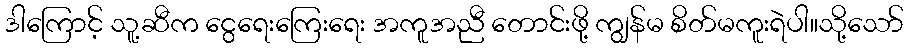
ဒါကြောင့် သူ့ဆီက ငွေရေးကြေးရေး အကူအညီ တောင်းဖို့ ကျွန်မ စိတ်မကူးရဲပါ။သို့သော်